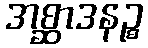
အစ္ဆာဒနဉ္စ